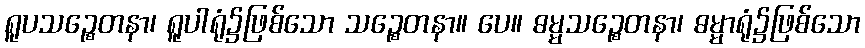
ရူပသဉ္စေတနာ၊ ရူပါရုံ၌ဖြစ်သော သဉ္စေတနာ။ ပေ။ ဓမ္မသဉ္စေတနာ၊ ဓမ္မာရုံ၌ဖြစ်သော